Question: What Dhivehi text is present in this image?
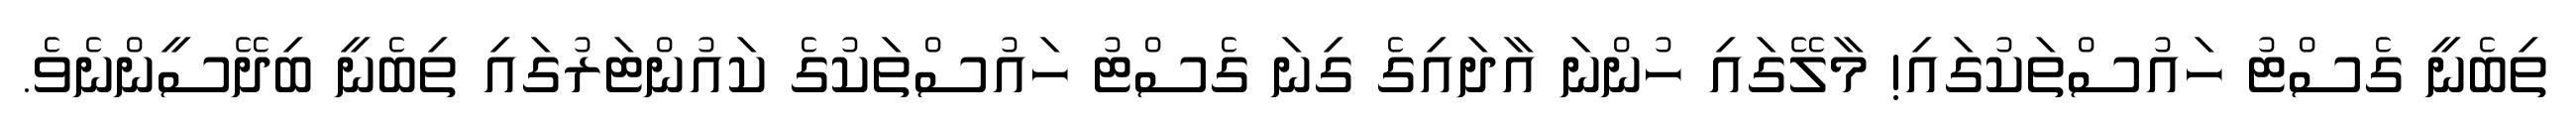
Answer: ތިބެނީ ގެސްޓު ހައުސްތަކުގައި! މާލޭގައި ހުންނަ އާދައިގެ ގިނަ ގެސްޓު ހައުސްތަކުގެ ކައުންޓަރުގައި ތިބެނީ ބިދޭސީންނެވެ.